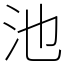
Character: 池